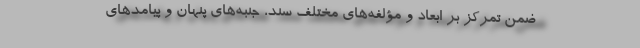
ضمن تمرکز بر ابعاد و مؤلفه‌های مختلف سند، جنبه‌های پنهان و پیامدهای